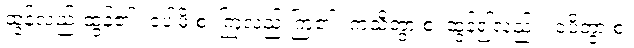
ထွန်လည်းထွန်၏။ ဝပါမိ စ၊ ကြဲလည်းကြဲ၏။ ကသိတွာ စ၊ ထွန်၍လည်း။ ဝပိတွာ စ၊